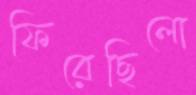
ফিরেছিলো